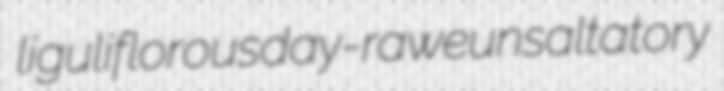
liguliflorous day-rawe unsaltatory